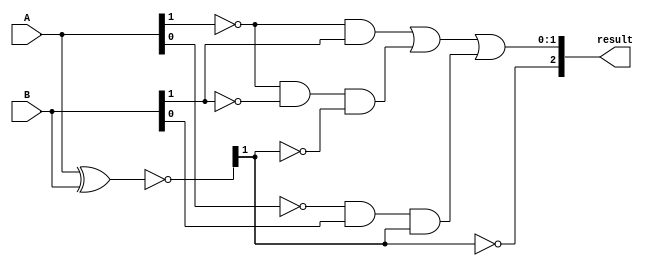
module comparator (
    input [1:0] A,
    input [1:0] B,
    output [2:0] result
);

wire [1:0] equal_check, a_less_than_b, b_less_than_a;

assign equal_check = ~(A ^ B);
assign a_less_than_b = ((A[1] & ~B[1]) | (~A[1] & ~B[1] & ~equal_check[1]) | (A[0] & ~B[0] & equal_check[1]));
assign b_less_than_a = ((~A[1] & B[1]) | (~A[1] & ~B[1] & ~equal_check[1]) | (~A[0] & B[0] & equal_check[1]));

assign result = {a_less_than_b, ~equal_check[1], b_less_than_a};

endmodule